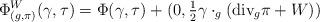
LaTeX: \begin{align*}\Phi^W_{(g, \pi)}(\gamma, \tau)= \Phi(\gamma, \tau)+ (0, \tfrac{1}{2} \gamma \cdot_g (\textup{div}_g \pi +W))\end{align*}